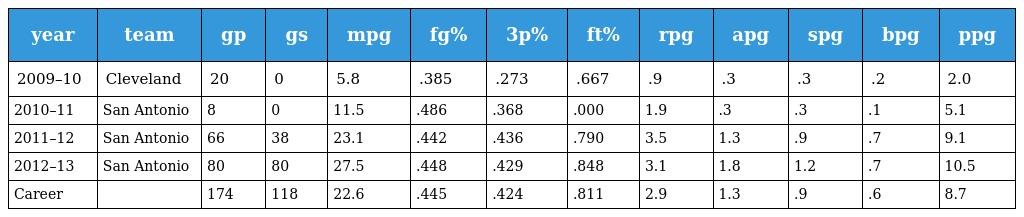
| year | team | gp | gs | mpg | fg% | 3p% | ft% | rpg | apg | spg | bpg | ppg |
 | --- | --- | --- | --- | --- | --- | --- | --- | --- | --- | --- | --- | --- |
 | 2009–10 | Cleveland | 20 | 0 | 5.8 | .385 | .273 | .667 | .9 | .3 | .3 | .2 | 2.0 |
 | 2010–11 | San Antonio | 8 | 0 | 11.5 | .486 | .368 | .000 | 1.9 | .3 | .3 | .1 | 5.1 |
 | 2011–12 | San Antonio | 66 | 38 | 23.1 | .442 | .436 | .790 | 3.5 | 1.3 | .9 | .7 | 9.1 |
 | 2012–13 | San Antonio | 80 | 80 | 27.5 | .448 | .429 | .848 | 3.1 | 1.8 | 1.2 | .7 | 10.5 |
 | Career |  | 174 | 118 | 22.6 | .445 | .424 | .811 | 2.9 | 1.3 | .9 | .6 | 8.7 |